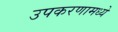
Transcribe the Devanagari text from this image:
उपकरणामध्ये